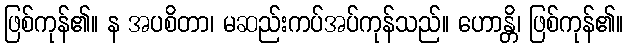
ဖြစ်ကုန်၏။ န အပစိတာ၊ မဆည်းကပ်အပ်ကုန်သည်။ ဟောန္တိ၊ ဖြစ်ကုန်၏။